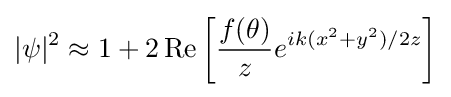
|\psi |^{2}\approx 1+2\operatorname {Re} {\left[{\frac {f(\theta )}{z}}e^{ik(x^{2}+y^{2})/2z}\right]}